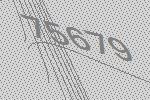
75679